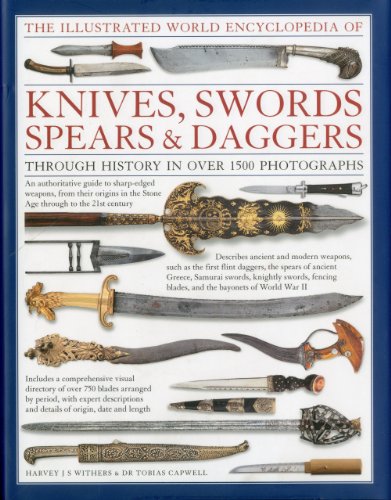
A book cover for The Illustrated World Encyclopedia of Knives, Swords, Spears & Daggers: Through history in 1500 color photographs; Harvey J S Withers; Reference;